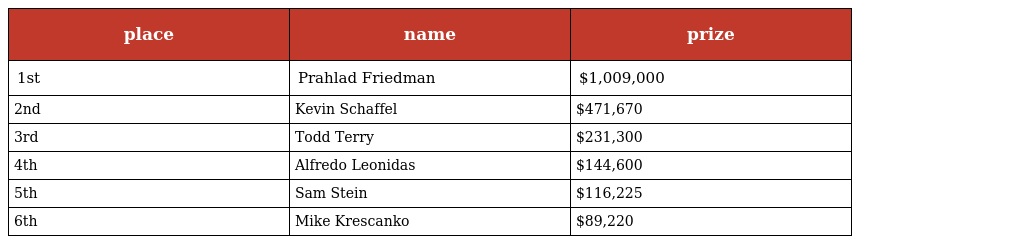
| place | name | prize |
 | --- | --- | --- |
 | 1st | Prahlad Friedman | $1,009,000 |
 | 2nd | Kevin Schaffel | $471,670 |
 | 3rd | Todd Terry | $231,300 |
 | 4th | Alfredo Leonidas | $144,600 |
 | 5th | Sam Stein | $116,225 |
 | 6th | Mike Krescanko | $89,220 |